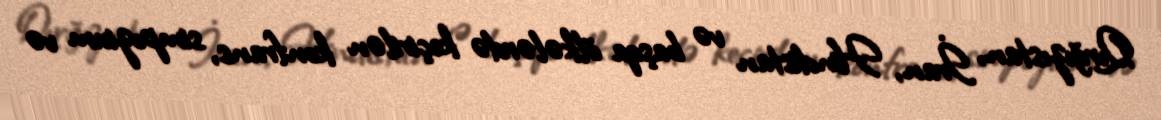
Qırğızıstan, İran, Hindistan və başqa ölkələrdə keçirilən konfrans, simpozium və